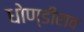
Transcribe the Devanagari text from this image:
धोण्डीराव